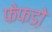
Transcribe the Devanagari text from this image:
फेफडो़